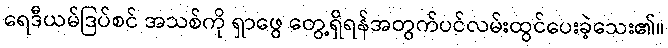
ရေဒီယမ်ဒြပ်စင် အသစ်ကို ရှာဖွေ တွေ့ရှိရန်အတွက်ပင်လမ်းထွင်ပေးခဲ့သေး၏။